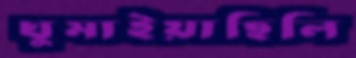
ঘুমাইয়াছিলি